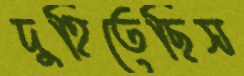
দুহিতেছিস